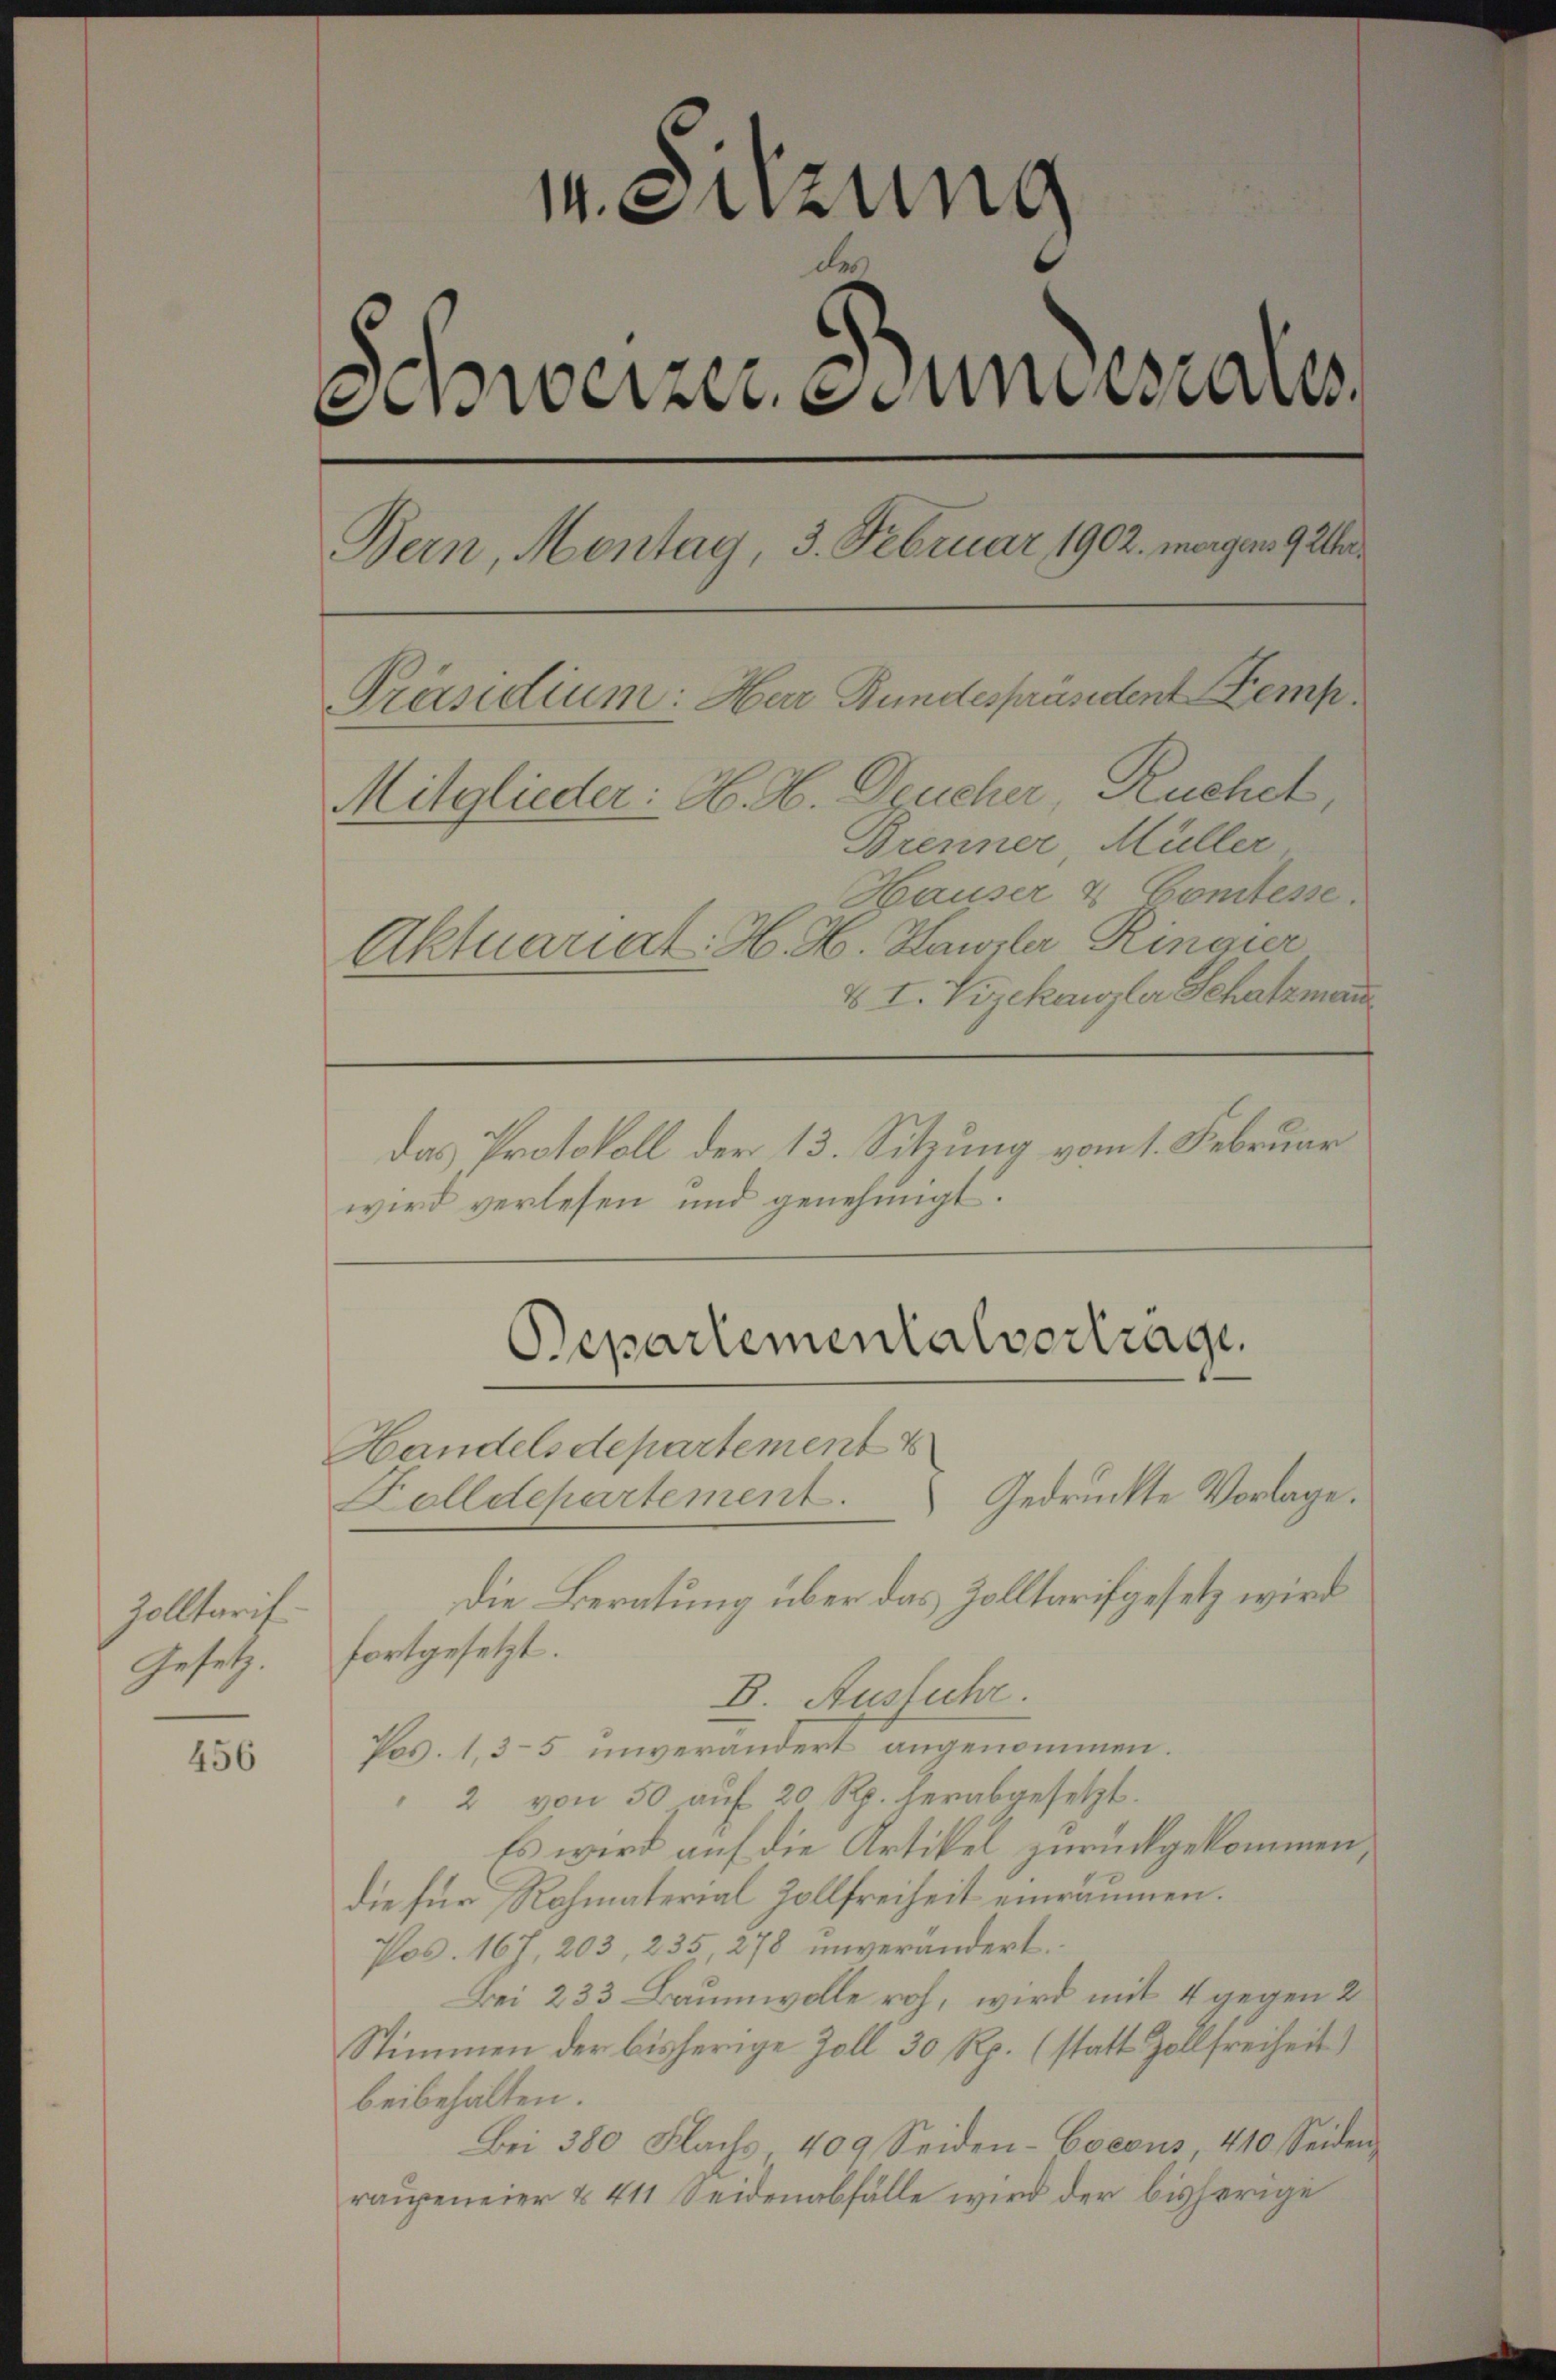
Zolltarif
Gesetz.

456

14. Sitzung
A
Anweizer, Stundesaus
Bern, Montag, 3. Februar 1902. morgen 9 Uhr.
Präsidium: Har Bundespräsident Kemp¬
Mitglieder: H. H. Deucher Ruchet,
Brenner Müller
Hauser & Comtesse.
Aktuariat. H. H. Hausler Rinair
VI. Vizekanzler Schatzmann

das Protokoll der 13. Sitzung vom 1. Februar
wird verlesen und genehmigt.

Die Beratung über das Zolltarif gesetz wird
fortgesetzt.
B. Ausfuhr.
Pos. 1, 3-5 unverändert kommen.
2 von 50 auf 20 Rp. herabgesetzt.
Es wird auf die Artikel zurückgekommen
die für Rohmaterial Zollfreiheit einräumen.
Pod. 167, 203, 235 278 unverändert
Bei 233 Baumwolle roh, wird mit 4 gegen 2
Stimmen der bisherige Zoll 30 Rp. (statt Zollfreiheit)
beibehalten.
Bei 380 Flachs 409 Seiden-Coecus, 410. Seiden,
raupeneier & 411 Seidenabfälle wird der bisherige

Bepartementalvertrage.
Handelsdepartement
Gedrückte Vorlage.
Dolldepartement.